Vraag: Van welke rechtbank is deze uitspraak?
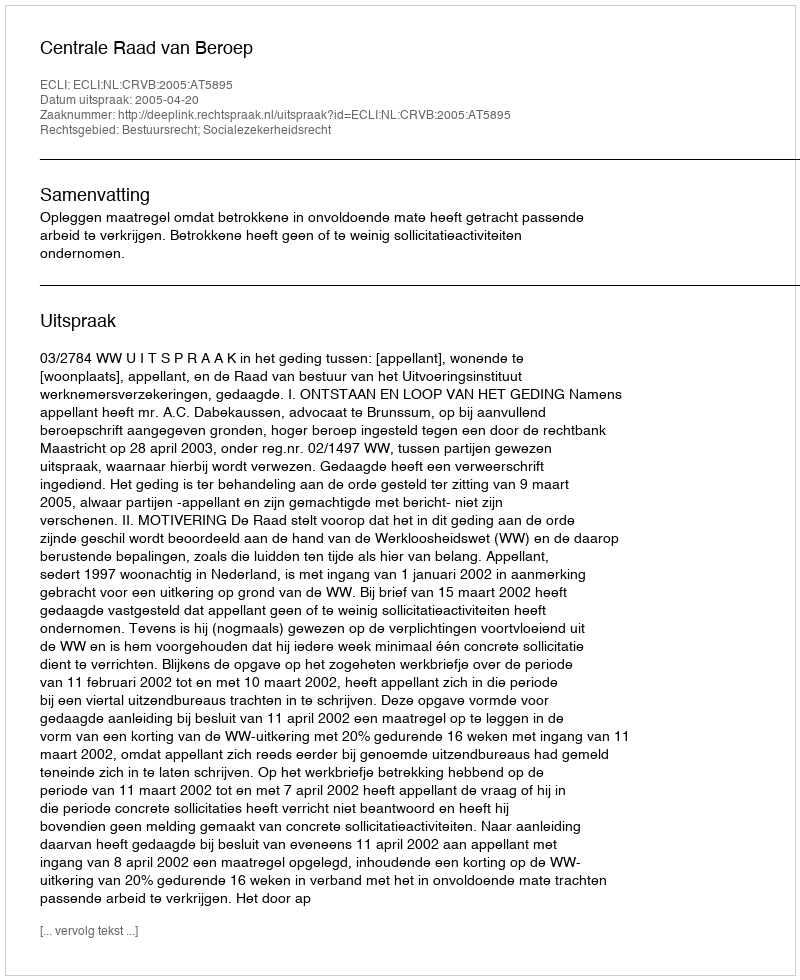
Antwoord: Centrale Raad van Beroep